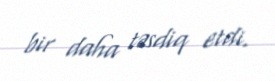
bir daha təsdiq etdi.